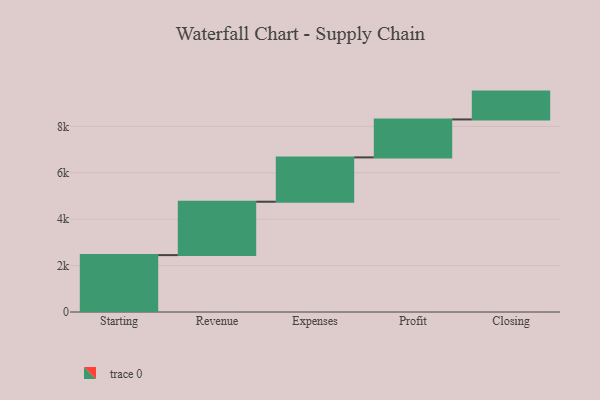
{"axis": {"x": "Step", "y": "Value"}, "legend": [""], "data": [{"x": "Starting", "y": 2452.0, "type": ""}, {"x": "Revenue", "y": 2301.0, "type": ""}, {"x": "Expenses", "y": 1910.0, "type": ""}, {"x": "Profit", "y": 1636.0, "type": ""}, {"x": "Closing", "y": 1200.0, "type": ""}]}